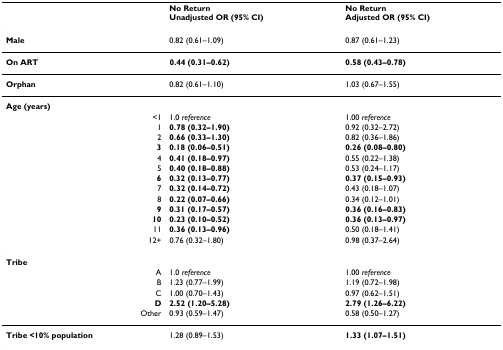
<table><thead><tr><td></td><td><b>No ReturnUnadjusted OR (95% CI)</b></td><td><b>No ReturnAdjusted OR (95% CI)</b></td></tr></thead><tbody><tr><td><b>Male</b></td><td>0.82 (0.61–1.09)</td><td>0.87 (0.61–1.23)</td></tr><tr><td><b>On ART</b></td><td><b>0.44 (0.31–0.62)</b></td><td><b>0.58 (0.43–0.78)</b></td></tr><tr><td><b>Orphan</b></td><td>0.82 (0.61–1.10)</td><td>1.03 (0.67–1.55)</td></tr><tr><td><b>Age (years)</b></td><td></td><td></td></tr><tr><td>&lt;1</td><td>1.0 <i>reference</i></td><td>1.00 <i>reference</i></td></tr><tr><td>1</td><td><b>0.78 (0.32–1.90)</b></td><td>0.92 (0.32–2.72)</td></tr><tr><td>2</td><td><b>0.66 (0.33–1.30)</b></td><td>0.82 (0.36–1.86)</td></tr><tr><td><b>3</b></td><td><b>0.18 (0.06–0.51)</b></td><td><b>0.26 (0.08–0.80)</b></td></tr><tr><td>4</td><td><b>0.41 (0.18–0.97)</b></td><td>0.55 (0.22–1.38)</td></tr><tr><td>5</td><td><b>0.40 (0.18–0.88)</b></td><td>0.53 (0.24–1.17)</td></tr><tr><td><b>6</b></td><td><b>0.32 (0.13–0.77)</b></td><td><b>0.37 (0.15–0.93)</b></td></tr><tr><td>7</td><td><b>0.32 (0.14–0.72)</b></td><td>0.43 (0.18–1.07)</td></tr><tr><td>8</td><td><b>0.22 (0.07–0.66)</b></td><td>0.34 (0.12–1.01)</td></tr><tr><td><b>9</b></td><td><b>0.31 (0.17–0.57)</b></td><td><b>0.36 (0.16–0.83)</b></td></tr><tr><td><b>10</b></td><td><b>0.23 (0.10–0.52)</b></td><td><b>0.36 (0.13–0.97)</b></td></tr><tr><td>11</td><td><b>0.36 (0.13–0.96)</b></td><td>0.50 (0.18–1.41)</td></tr><tr><td>12+</td><td>0.76 (0.32–1.80)</td><td>0.98 (0.37–2.64)</td></tr><tr><td><b>Tribe</b></td><td></td><td></td></tr><tr><td>A</td><td>1.0 <i>reference</i></td><td>1.00 <i>reference</i></td></tr><tr><td>B</td><td>1.23 (0.77–1.99)</td><td>1.19 (0.72–1.98)</td></tr><tr><td>C</td><td>1.00 (0.70–1.43)</td><td>0.97 (0.62–1.51)</td></tr><tr><td><b>D</b></td><td><b>2.52 (1.20–5.28)</b></td><td><b>2.79 (1.26–6.22)</b></td></tr><tr><td>Other</td><td>0.93 (0.59–1.47)</td><td>0.58 (0.50–1.27)</td></tr><tr><td><b>Tribe &lt;10% population</b></td><td>1.28 (0.89–1.53)</td><td><b>1.33 (1.07–1.51)</b></td></tr></tbody></table>